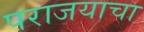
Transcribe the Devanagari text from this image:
पराजयाचा